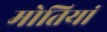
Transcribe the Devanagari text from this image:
मोतियां